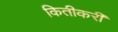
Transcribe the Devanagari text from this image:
कितीकरी